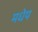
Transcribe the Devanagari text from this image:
मधेय